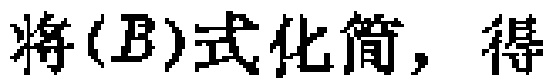
将\((B)\)式化简，得